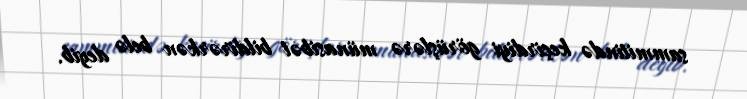
sammitində keçirdiyi görüşlərə münasibət bildirərkən belə deyib.